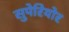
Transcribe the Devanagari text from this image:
सुपेरियोर